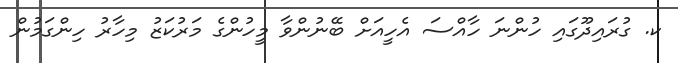
ކ. ގުރައިދޫގައި ހުންނަ ހާއްސަ އެހީއަށް ބޭނުންވާ މީހުންގެ މަރުކަޒު މިހާރު ހިންގަމުން